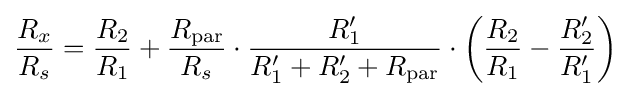
{\frac {R_{x}}{R_{s}}}={\frac {R_{2}}{R_{1}}}+{\frac {R_{\text{par}}}{R_{s}}}\cdot {\frac {R'_{1}}{R'_{1}+R'_{2}+R_{\text{par}}}}\cdot \left({\frac {R_{2}}{R_{1}}}-{\frac {R'_{2}}{R'_{1}}}\right)